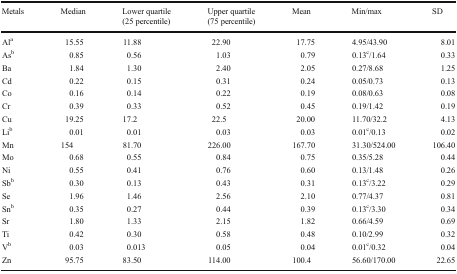
<table><thead><tr><td><b>Metals</b></td><td><b>Median</b></td><td><b>Lower quartile (25 percentile)</b></td><td><b>Upper quartile (75 percentile)</b></td><td><b>Mean</b></td><td><b>Min/max</b></td><td><b>SD</b></td></tr></thead><tbody><tr><td>Al<sup>a</sup></td><td>15.55</td><td>11.88</td><td>22.90</td><td>17.75</td><td>4.95/43.90</td><td>8.01</td></tr><tr><td>As<sup>b</sup></td><td>0.85</td><td>0.56</td><td>1.03</td><td>0.79</td><td>0.13<sup>c</sup>/1.64</td><td>0.33</td></tr><tr><td>Ba</td><td>1.84</td><td>1.30</td><td>2.40</td><td>2.05</td><td>0.27/8.68</td><td>1.25</td></tr><tr><td>Cd</td><td>0.22</td><td>0.15</td><td>0.31</td><td>0.24</td><td>0.05/0.73</td><td>0.13</td></tr><tr><td>Co</td><td>0.16</td><td>0.14</td><td>0.22</td><td>0.19</td><td>0.08/0.63</td><td>0.08</td></tr><tr><td>Cr</td><td>0.39</td><td>0.33</td><td>0.52</td><td>0.45</td><td>0.19/1.42</td><td>0.19</td></tr><tr><td>Cu</td><td>19.25</td><td>17.2</td><td>22.5</td><td>20.00</td><td>11.70/32.2</td><td>4.13</td></tr><tr><td>Li<sup>b</sup></td><td>0.01</td><td>0.01</td><td>0.03</td><td>0.03</td><td>0.01<sup>c</sup>/0.13</td><td>0.02</td></tr><tr><td>Mn</td><td>154</td><td>81.70</td><td>226.00</td><td>167.70</td><td>31.30/524.00</td><td>106.40</td></tr><tr><td>Mo</td><td>0.68</td><td>0.55</td><td>0.84</td><td>0.75</td><td>0.35/5.28</td><td>0.44</td></tr><tr><td>Ni</td><td>0.55</td><td>0.41</td><td>0.76</td><td>0.60</td><td>0.13/1.48</td><td>0.26</td></tr><tr><td>Sb<sup>b</sup></td><td>0.30</td><td>0.13</td><td>0.43</td><td>0.31</td><td>0.13<sup>c</sup>/3.22</td><td>0.29</td></tr><tr><td>Se</td><td>1.96</td><td>1.46</td><td>2.56</td><td>2.10</td><td>0.77/4.37</td><td>0.81</td></tr><tr><td>Sn<sup>b</sup></td><td>0.35</td><td>0.27</td><td>0.44</td><td>0.39</td><td>0.13<sup>c</sup>/3.30</td><td>0.34</td></tr><tr><td>Sr</td><td>1.80</td><td>1.33</td><td>2.15</td><td>1.82</td><td>0.66/4.59</td><td>0.69</td></tr><tr><td>Ti</td><td>0.42</td><td>0.30</td><td>0.58</td><td>0.48</td><td>0.10/2.99</td><td>0.32</td></tr><tr><td>V<sup>b</sup></td><td>0.03</td><td>0.013</td><td>0.05</td><td>0.04</td><td>0.01<sup>c</sup>/0.32</td><td>0.04</td></tr><tr><td>Zn</td><td>95.75</td><td>83.50</td><td>114.00</td><td>100.4</td><td>56.60/170.00</td><td>22.65</td></tr></tbody></table>